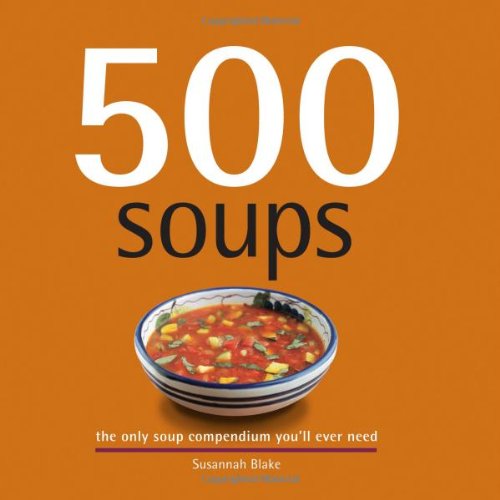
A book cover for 500 Soups: The Only Soup Compendium You'll Ever Need (500 Series Cookbooks); Susannah Blake; Cookbooks, Food & Wine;